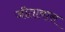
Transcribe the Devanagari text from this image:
जीतावास